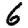
Digit: 6